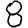
Digit: 8